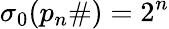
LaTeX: \sigma_{0}(p_{n}\# )=2^{n}